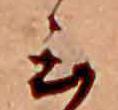
云